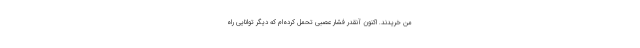
من خریدند. اکنون آنقدر فشار عصبی تحمل کرده‌ام که دیگر توانایی راه